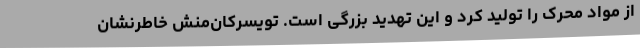
از مواد محرک را تولید کرد و این تهدید بزرگی است. تویسرکان‌منش خاطرنشان